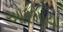
ઓરમાયા